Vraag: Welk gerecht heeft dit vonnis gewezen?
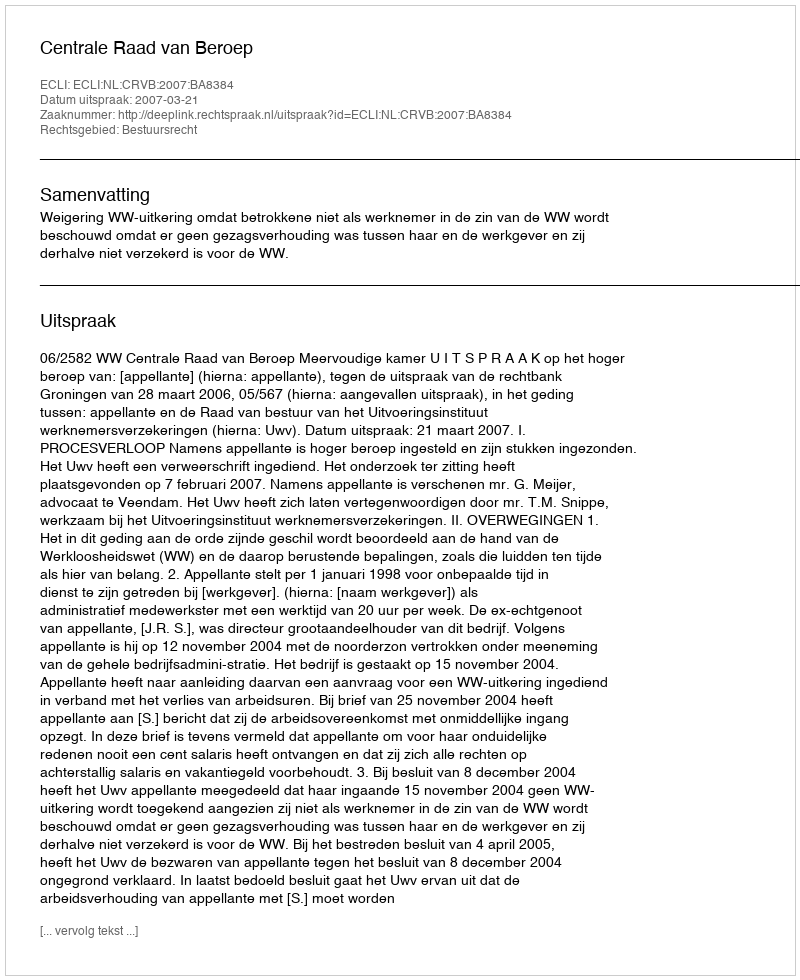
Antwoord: Centrale Raad van Beroep